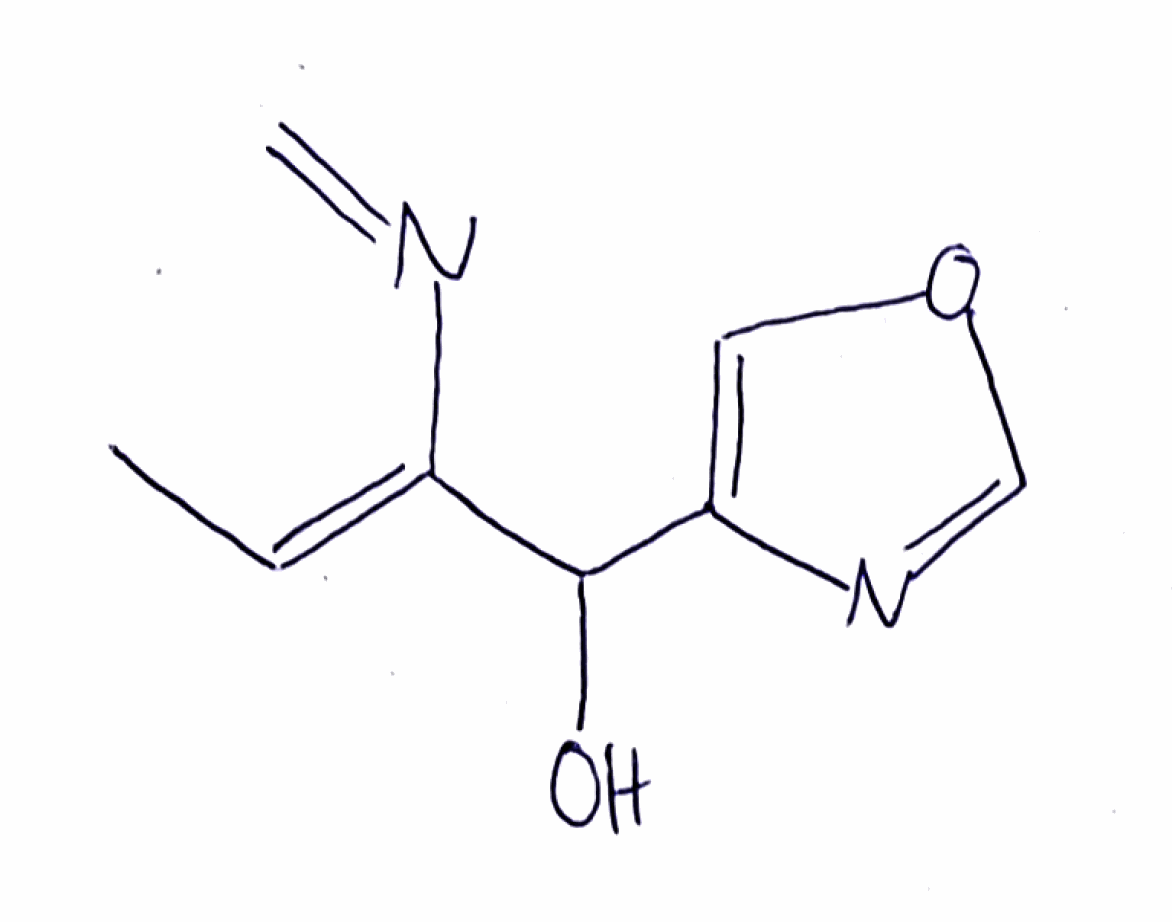
Simplified molecular-input line-entry system (SMILES) notation of the given molecule:
C/C=C(/C(C1=COC=N1)O)\N=C